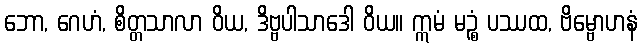
ဘော, ဂေဟံ, စိတ္တသာလာ ဝိယ, ဒိဗ္ဗပါသာဒေါ ဝိယ။ ဣမံ မဉ္စံ ပဿထ, ဗိမ္ဗောဟနံ